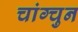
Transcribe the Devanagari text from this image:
चांग्चुन